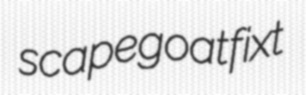
scapegoat fixt